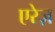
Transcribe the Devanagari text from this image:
एरेज़